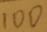
1 0 0